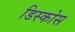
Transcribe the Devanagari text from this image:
डिस्कोस